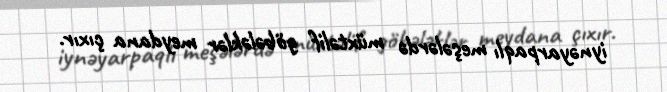
iynəyarpaqlı meşələrdə müxtəlif göbələklər meydana çıxır.